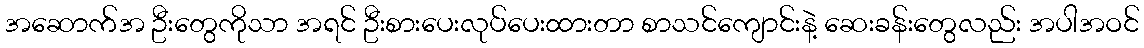
အဆောက်အ ဦးတွေကိုသာ အရင် ဦးစားပေးလုပ်ပေးထားတာ စာသင်ကျောင်းနဲ့ ဆေးခန်းတွေလည်း အပါအဝင်